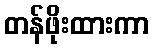
တန်ဖိုးထားကာ